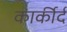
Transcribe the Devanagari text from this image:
कार्कीर्द